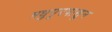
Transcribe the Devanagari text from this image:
मधुपूरपासून